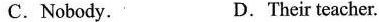
C. Nobody. D. Their teacher